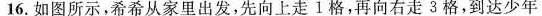
16. 如图所示，希希从家里出发，先向上走1格，再向右走3格，到达少年